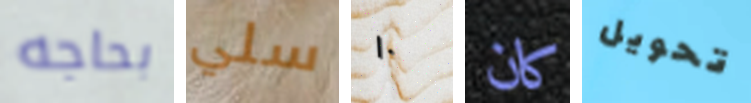
بحاجه سلي ١٠ كان تحويل